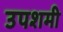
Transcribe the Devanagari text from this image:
उपशमी